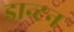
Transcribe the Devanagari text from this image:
डान्टन